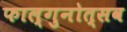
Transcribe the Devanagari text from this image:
फाल्गुनोत्सव